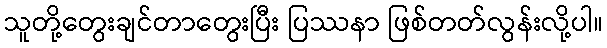
သူတို့တွေးချင်တာတွေးပြီး ပြဿနာ ဖြစ်တတ်လွန်းလို့ပါ။